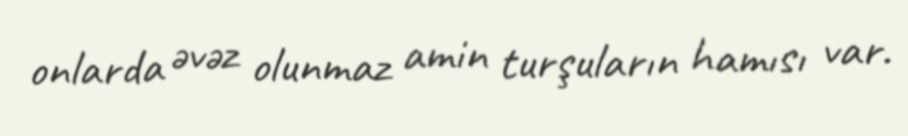
onlarda əvəz olunmaz amin turşuların hamısı var.